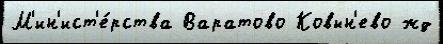
М'ин'ист'е́рства Варатово Ковын'ево жд